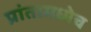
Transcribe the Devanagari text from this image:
प्रांतामध्येच